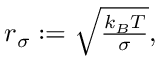
\begin{array} { r } { r _ { \sigma } : = \sqrt { \frac { k _ { B } T } { \sigma } } , } \end{array}